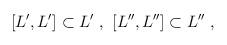
LaTeX: \begin{align*}[L' ,L' ] \subset L' \ ,\ [L'' ,L'' ] \subset L'' \ ,\end{align*}